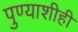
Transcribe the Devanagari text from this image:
पुण्याशीही